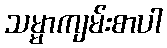
သမ္မာကျမ်းစာပါ